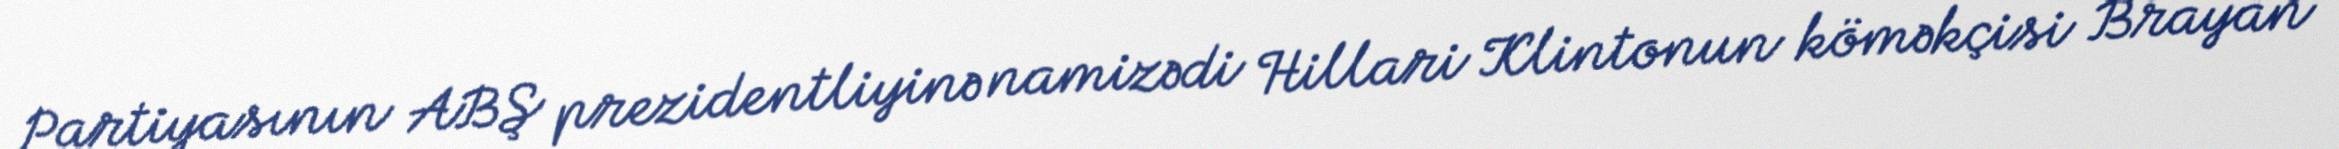
Partiyasının ABŞ prezidentliyinə namizədi Hillari Klintonun köməkçisi Brayan